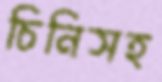
চিনিসহ